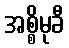
အစ္စိမုခီ